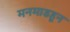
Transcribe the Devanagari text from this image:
मनमाडहून